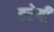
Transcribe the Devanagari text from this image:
डरेगी